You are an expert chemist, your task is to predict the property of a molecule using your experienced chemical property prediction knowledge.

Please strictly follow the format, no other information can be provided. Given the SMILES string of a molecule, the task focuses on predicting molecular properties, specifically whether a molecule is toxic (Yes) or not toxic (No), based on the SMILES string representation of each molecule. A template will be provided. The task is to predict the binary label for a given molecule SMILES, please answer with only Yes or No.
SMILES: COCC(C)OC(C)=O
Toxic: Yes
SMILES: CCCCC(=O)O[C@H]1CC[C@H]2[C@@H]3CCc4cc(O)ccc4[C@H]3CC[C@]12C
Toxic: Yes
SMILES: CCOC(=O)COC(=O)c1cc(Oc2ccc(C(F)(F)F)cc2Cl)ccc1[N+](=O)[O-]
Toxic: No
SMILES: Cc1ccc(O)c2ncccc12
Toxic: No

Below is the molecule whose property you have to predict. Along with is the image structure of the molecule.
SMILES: CCCOc1sc(C(=O)N2CCC(c3cc(CN)ccc3F)CC2)c(C)c1Br
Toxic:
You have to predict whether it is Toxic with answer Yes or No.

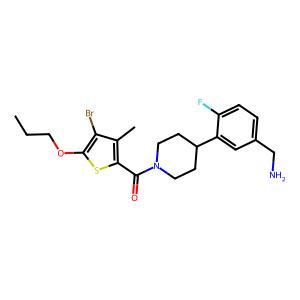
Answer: No